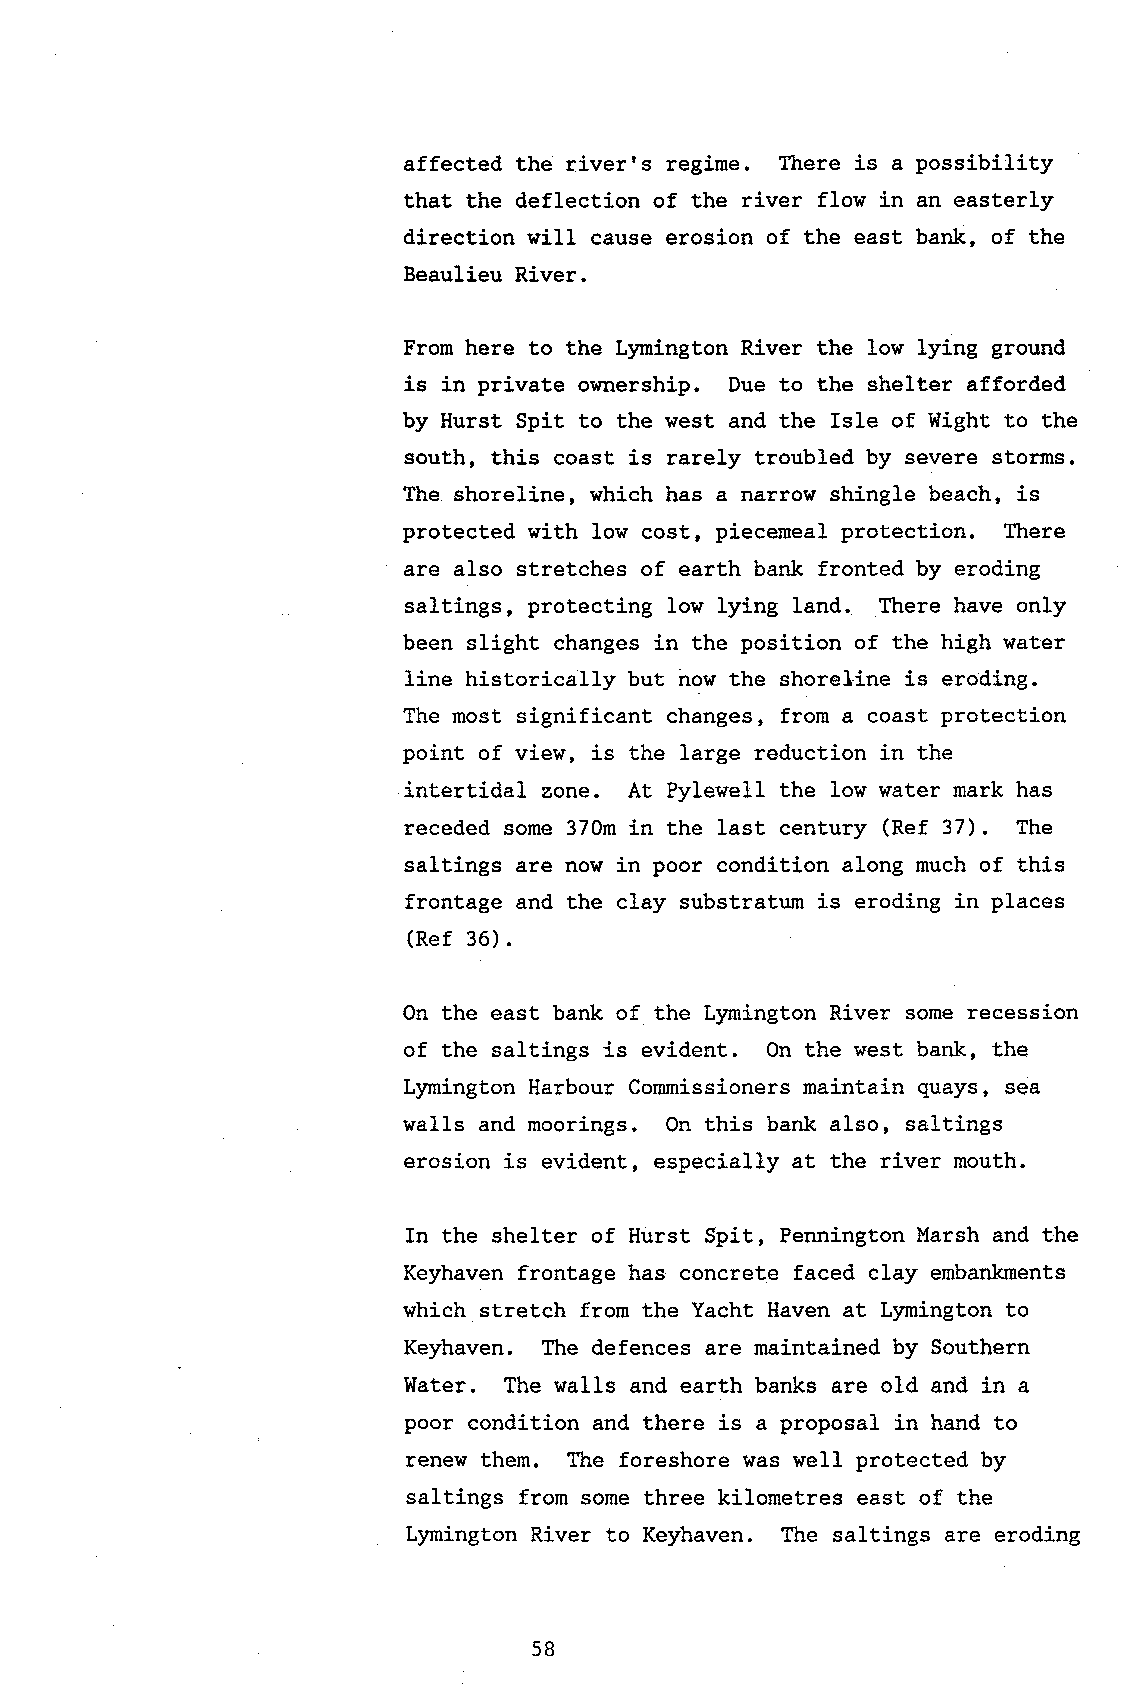
affected the river's regime. There is a possibility
 that the deflection of the river flow in an easterly
 direction will cause erosion of the east bank, of the
 Beaulieu River.
 From here to the Lymington River the low lying ground
 is in private ownershi-p. Due to the shelter afforded
 by Hurst Spit to the west and the IsIe of Wight to the
 south, this coast is rarely troubled by severe storms.
 The shoreline, which has a narro\r shingle beach, is
 protected with low cost, piecemeal protection. fhere
 are also stretches of earth bank fronted by eroding
 saltings, protecting low lying land. There have only
 been slight changes in the position of the high water
 line historically but how the shorel'ine is eroding.
 The most significant changes, from a coast protection
 point of view, is the large reduction in the
 i.ntertidal zone. At Pylewell the low water mark has
 receded some 370m in the last century (Ref 37). The
 saltings are now in poor condition along much of this
 frontage and the clay substratum is eroding in places
 (Ref 36).
 On the east bank of the Lymington River some recession
 of the saltings is evidenL. On the west bank, the
 Lymington Harbour Corunissioners maintain quays, sea
 walls and moorings. On this bank also, saltings
 erosion is evident, especially at the river mouth.
 In the shelter of Hurst Spit, Pennington Marsh and the
 Keyhaven frontage has concrete faced clay embanknents
 which stretch from the Yacht Haven at Lymington to
 Keyhaven. The defences are maintained by Southern
 Water. The walls and earth banks are old and in a
 poor condition and there is a proposal in hand to
 renew them. The foreshore was well protected by
 saltings from some three kilometres east of the
 Lymington River to Keyhaven. The saltings are eroding
 58